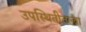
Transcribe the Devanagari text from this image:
उपस्थितीतल्या